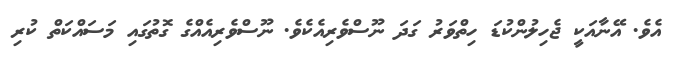
އެވެ. އޭނާއަކީ ޖެހިލުންކުޑަ ހިތްވަރު ގަދަ ނޫސްވެރިއެކެވެ. ނޫސްވެރިއެއްގެ ގޮތުގައި މަސައްކަތް ކުރި